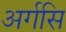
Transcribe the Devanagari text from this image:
अर्गसि